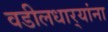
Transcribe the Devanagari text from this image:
वडीलधार्‍यांना